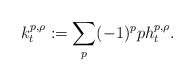
\begin{align*}k_t^{p,\rho}:=\sum_{p}(-1)^pph_t^{p,\rho}.\end{align*}